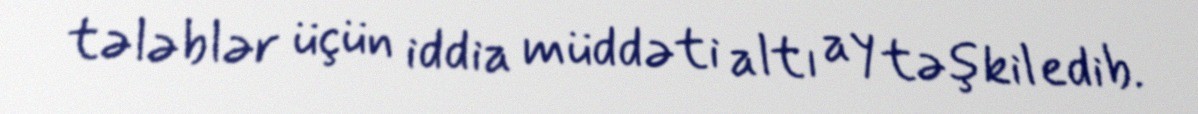
tələblər üçün iddia müddəti altı ay təşkil edib.